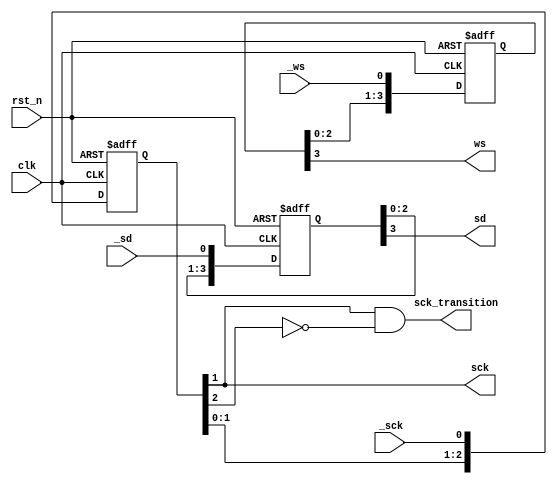
//////////////////////////////////////////////////////////////////////////////////
//
// Module Name:             synchronizer.v
// Last Modification:       3/20/2016
//
//Description:      Delays and synchronizes the sck, sd, and ws signals with master clock
//                      sck: 2 clk cycles
//                      sd : 4 clk cycles
//                      ws : 4 clk cycles
//
//
//////////////////////////////////////////////////////////////////////////////////

`timescale 1ns / 1ps

module synchronizer(clk, rst_n, _sck, sck, sck_transition, _sd, sd, _ws, ws
    );
    
    //Ports
    input               clk;                        //Master clock
    input               rst_n;                      //Reset
    input               _sck;                       //Non-delayed and non-synchronized sck signal
    input               _sd;                        //Non-delayed and non-synchronized serial data signal
    input               _ws;                        //Non-delayed and non-synchronized word select signal
                                                        
    output              sck;                        //Delayed and Synchronized sck
    output              sck_transition;             //Signal that represents when sck goes from low to high. Helps define when particular actions should occur
    output              sd;                         //Delayed and Synchronized serial data signal
    output              ws;                         //Delayed and Synchronized word select signal
    

    //Internal Variables
    reg     [2:0]       sck_vec;                        
    reg     [3:0]       sd_vec;                         
    reg     [3:0]       ws_vec;                         
                                                    
    wire                sck_delay;                  //Delayed sck signal that helps define sck_transition



    //Delay sck by 2 clk cycles and synchronize with clk
    //sck[1] = sck synchronized with clk
    //sck[2] = sck delay signal to help create sck_transition
    //Delay and synchronize ws signal by 4 clock cycles
    //ws[3] is the synchronized signal
    //Delay and synchronize sd by 4 clock cycles
    //sd[3] is the synchronized signal
    always @(posedge clk or negedge rst_n)
    begin
        if (!rst_n)
         begin
            sck_vec <= 3'b000;
            ws_vec  <= 4'b0000;
            sd_vec  <= 3'b000;
        end
        else
        begin
            sck_vec[0]   <= _sck;
            sck_vec[2:1] <= sck_vec[1:0];
                                
            ws_vec[0]    <= _ws;
            ws_vec[3:1]  <= ws_vec[2:0];
                            
            sd_vec[0]    <= _sd;
            sd_vec[3:1]  <= sd_vec[2:0];
        end
    end

    //Re-assigning sck to be more readable
    assign sck = sck_vec[1];
    
    //Create additional sck delay signal to detect rising edge
    assign sck_delay = sck_vec[2];

    //Defines sck_transition as high when sck transitions from low to high
    //helps define when particular actions should occur
    assign sck_transition = sck && !sck_delay;

    //Re-assigning sd to be more readable
    assign sd = sd_vec[3];

    //Re-assigning ws to be more readable
    assign ws = ws_vec[3];

endmodule